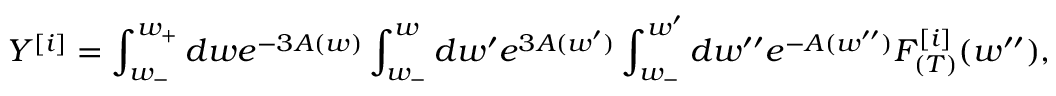
Y ^ { [ i ] } = \int _ { w _ { - } } ^ { w _ { + } } d w e ^ { - 3 A ( w ) } \int _ { w _ { - } } ^ { w } d w ^ { \prime } e ^ { 3 A ( w ^ { \prime } ) } \int _ { w _ { - } } ^ { w ^ { \prime } } d w ^ { \prime \prime } e ^ { - A ( w ^ { \prime \prime } ) } F _ { ( T ) } ^ { [ i ] } ( w ^ { \prime \prime } ) ,